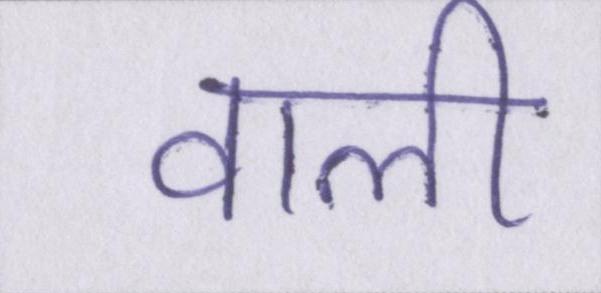
वाली